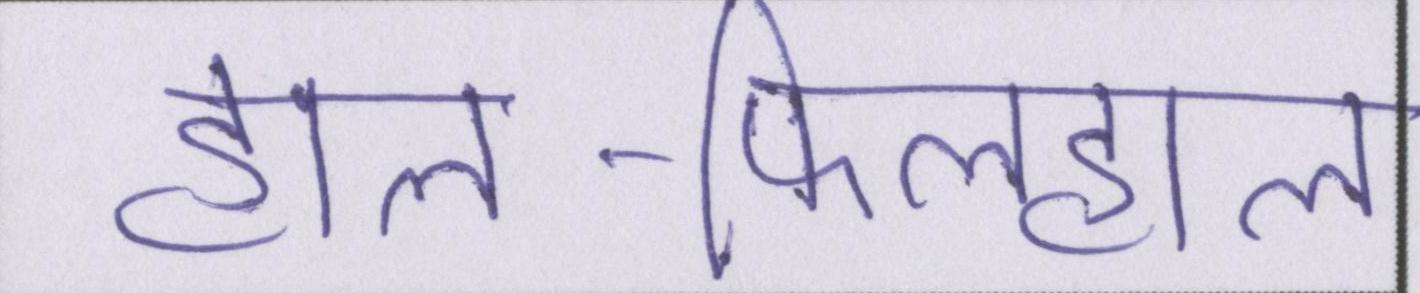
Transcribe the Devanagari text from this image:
हाल-फिलहाल